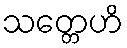
သတ္တေဟိ